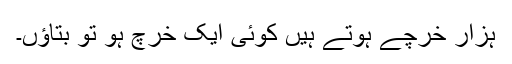
ہزار خرچے ہوتے ہیں کوئی ایک خرچ ہو تو بتاؤں۔